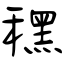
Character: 䆀